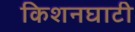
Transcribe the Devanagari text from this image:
किशनघाटी